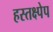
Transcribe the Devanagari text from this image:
हस्तक्ष्पेप